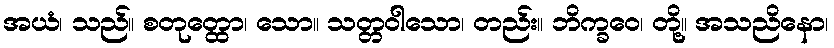
အယံ၊ သည်။ စတုတ္ထော၊ သော။ သတ္တဝါသော၊ တည်း။ ဘိက္ခဝေ၊ တို့။ အသညိနော၊